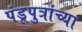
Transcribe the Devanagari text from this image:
पंडूपुत्रांच्या